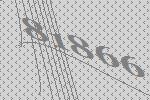
81866